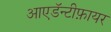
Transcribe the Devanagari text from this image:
आएडॅन्टीफ़ायर